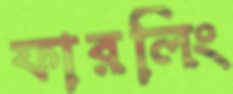
ফারলিং